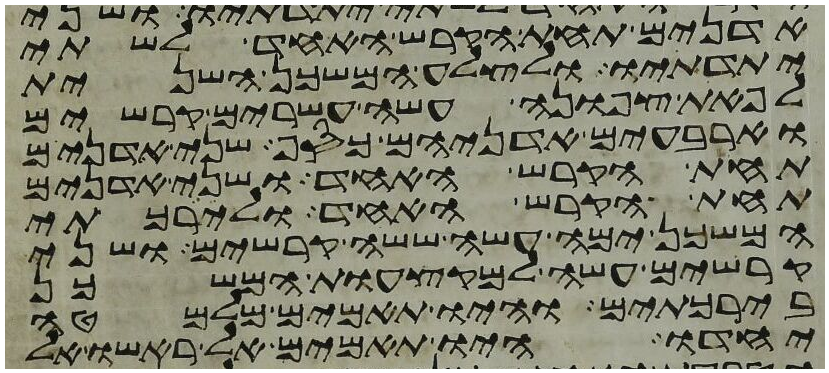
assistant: אדנים תחת הקרש האחד לשתי
יתדתיו ולצלע המשכן השנית
לפאת צפונה עשה עשרים קרשים
וארבעים אדניהם כסף שני אדנים
תחת הקרש האחד ושני אדנים
תחת הקרש האחד ולירכתי
המשכן ימה עשה ששה קרשים ושני
קרשים עשה למקצעות המשכן
בירכתים והיו תאמים מלמטה
יחדו היו תאמים אל ראשו אל